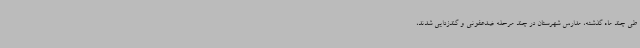
طی چند ماه گذشته، مدارس شهرستان در چند مرحله ضدعفونی و گندزدایی شدند،